Insane asylums in Bengal annual reports 1867-1875 - 1867-1875
Year: 1867
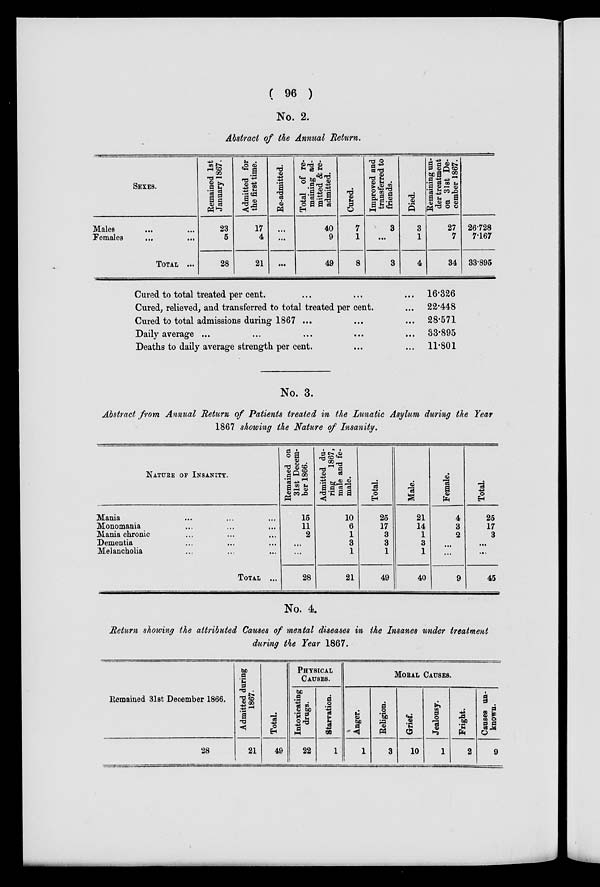
( 96 )
No. 2.
Abstract of the Annual Return.
SEXES.
Males ... ...
Females
...
...
TOTAL ...
Remained 1st
January 1867.
23
5
28
Admitted for
the first time.
17
4
21
Re-admitted.
...
...
...
Total of re-
maining ad-
mitted & re-
admitted.
40
9
49
Cured.
7
1
8
Improved and
transferred to
friends.
3
...
3
Died.
3
1
4
Remaining un-
der treatment
on 31st De-
cember 1867.
27
7
34
26.728
7.167
33.895
Cured to total treated per cent. ... ... ...
Cured, relieved, and transferred to total treated per cent. ...
Cured to total admissions during 1867... ... ... ...
Daily average ... ... ... ... ... ...
Deaths to daily average strength per cent. ... ... ... ...
16.326
22.448
28.571
33.895
11.801
No. 3.
Abstract from Annual Return of Patients treated in the Lunatic Asylum during the Year
1867 showing the Nature of Insanity.
NATURE OF INSANITY.
Mania ... ... ...
Monomania ... ... ...
Mania chronic ... ... ...
Dementia ... ... ...
Melancholia ... ... ...
TOTAL ...
Remained on
31st Decem-
ber 1866.
15
11
2
...
...
28
Admitted du-
ring 1867,
male and fe-
male.
10
6
1
3
1
21
Total.
25
17
3
3
1
49
Male.
21
14
1
3
1
40
Female.
4
3
2
...
...
9
Total.
25
17
3
...
...
45
No. 4.
Return showing the attributed Causes of mental diseases in the Insanes under treatment
during the Year 1867.
Remained 31st December 1866.
28
Admitted during
1867.
21
Total.
49
PHYSICAL
CAUSES.
Intoxicating
drugs.
22
Starvation.
1
MORAL CAUSES.
Anger.
1
Religion.
3
Grief.
10
Jealousy.
1
Fright.
2
Causes un-
known.
9